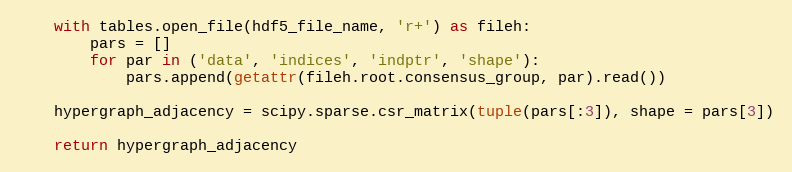
Language: Python
    with tables.open_file(hdf5_file_name, 'r+') as fileh:
        pars = []
        for par in ('data', 'indices', 'indptr', 'shape'):
            pars.append(getattr(fileh.root.consensus_group, par).read())

    hypergraph_adjacency = scipy.sparse.csr_matrix(tuple(pars[:3]), shape = pars[3])

    return hypergraph_adjacency